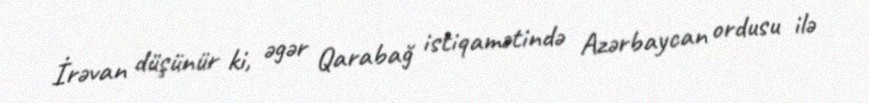
İrəvan düşünür ki, əgər Qarabağ istiqamətində Azərbaycan ordusu ilə